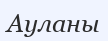
Ауланы